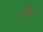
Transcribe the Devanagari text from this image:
पीडि़या